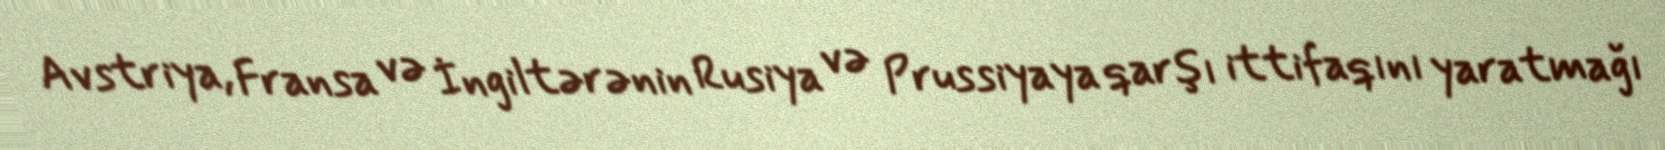
Avstriya, Fransa və İngiltərənin Rusiya və Prussiyaya qarşı ittifaqını yaratmağı